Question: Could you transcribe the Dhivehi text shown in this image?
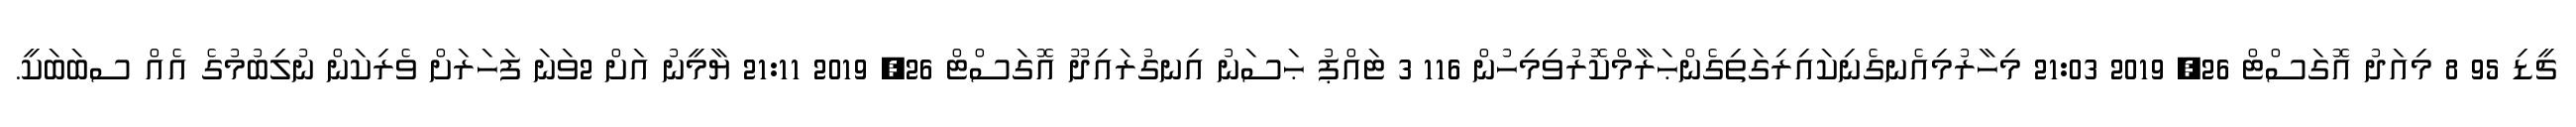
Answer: ޗީޑި 95 8 މިއަދު އޮގަސްޓް 26, 2019 21:03 މިހާރުމިއެނގެނިކައިރިގަތިގެންޙަރާމްކޮރުވިމިހުން 116 3 ޓައްޕު ޙަސަނު އިނގުރައިދޫ އޮގަސްޓް 26, 2019 21:11 ޔާމީނު އަށް 2ވަނަ ފަހަރަށް ވެރިކަން ނުލިބުމުގެ އެއް ސބަބަކީ.